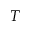
T